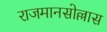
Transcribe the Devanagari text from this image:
राजमानसोल्लास